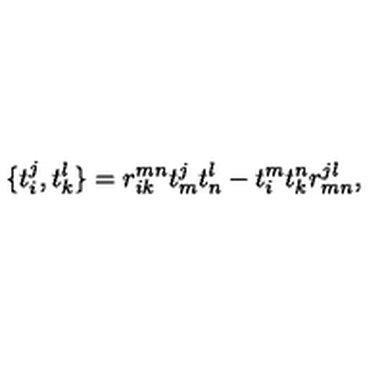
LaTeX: \{ t _ { i } ^ { j } , t _ { k } ^ { l } \} = r _ { i k } ^ { m n } t _ { m } ^ { j } t _ { n } ^ { l } - t _ { i } ^ { m } t _ { k } ^ { n } r _ { m n } ^ { j l } ,